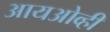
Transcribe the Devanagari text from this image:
आयओव्ही